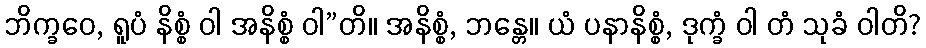
ဘိက္ခဝေ, ရူပံ နိစ္စံ ဝါ အနိစ္စံ ဝါ”တိ။ အနိစ္စံ, ဘန္တေ။ ယံ ပနာနိစ္စံ, ဒုက္ခံ ဝါ တံ သုခံ ဝါတိ?